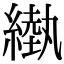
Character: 𦄌